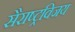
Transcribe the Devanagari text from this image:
सैराष्ट्रविजय